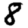
Digit: 8